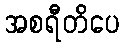
အစရီတိပေ